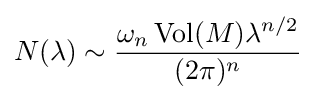
N(\lambda )\sim {\frac {\omega _{n}\operatorname {Vol} (M)\lambda ^{n/2}}{(2\pi )^{n}}}